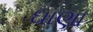
ઘાણા